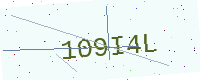
Text: 109I4L